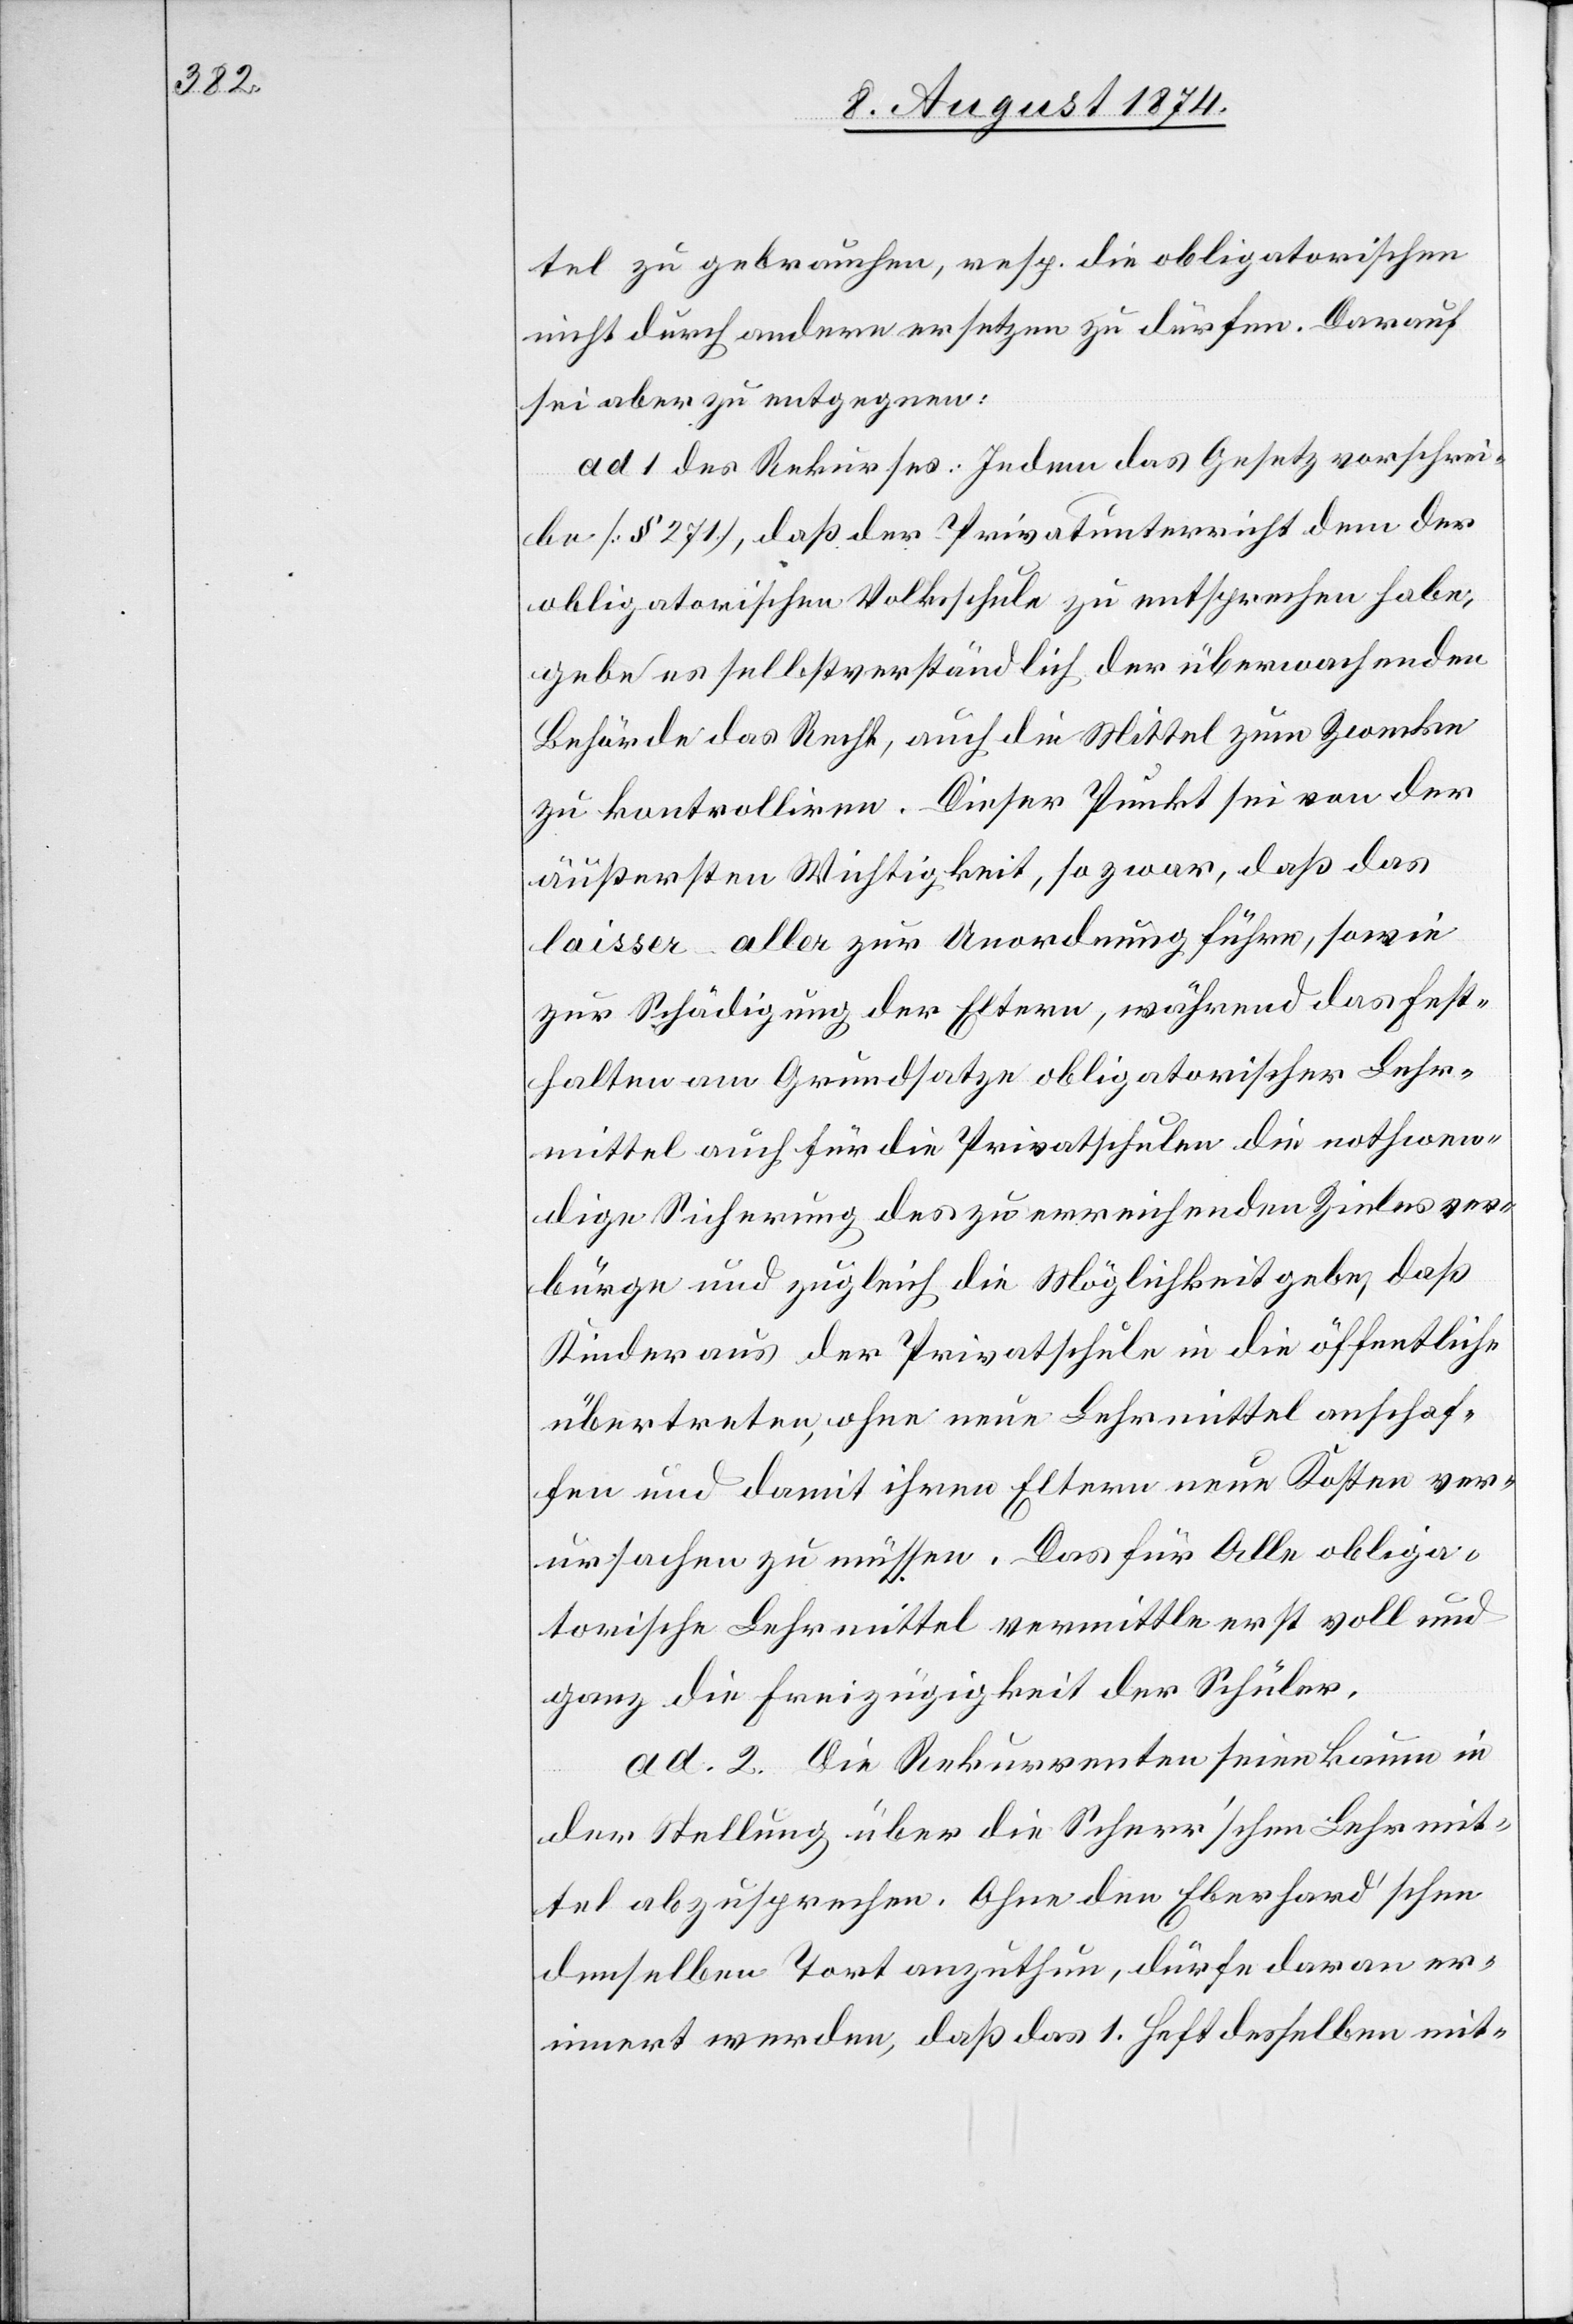
tel zu gebrauchen, resp. die obligatorischen
nicht durch andere ersetzen zu dürfen. Darauf
sei aber zu entgegnen:
ad 1 des Rekurses: indem das Gesetz vorschrei¬
be [§ 271], daß der Privatunterricht dem der
obligatorischen Volksschule zu entsprechen habe,
gebe es selbstverständlich der überwachenden
Behörde das Recht, auch die Mittel zum Zwecke
zu kontrolliren. Dieser Punkt sei von der
äußersten Wichtigkeit, so zwar, daß das
laisser-aller zur Unordnung führe, sowie
zur Schädigung der Eltern, während das Fest¬
halten am Grundsatze obligatorischer Lehr¬
mittel auch für die Privatschulen die nothwen¬
dige Sicherung des zu erreichenden Zieles ver¬
bürge und zugleich die Möglichkeit gebe, daß
Kinder aus der Privatschule in die öffentliche
übertreten, ohne neue Lehrmittel anschaf¬
fen und damit ihren Eltern neue Kosten ver¬
ursachen zu müssen. Das für Alle obliga¬
torische Lehrmittel vermittle erst voll und
ganz die Freizügigkeit der Schüler.
ad 2. Die Rekurrenten seien kaum in
der Stellung über die Scherr’schen Lehrmit¬
tel abzusprechen. Ohne den Eberhard’schen
demselben Tort anzuthun, dürfe daran er¬
innert werden, daß das 1. Heft desselben mit-